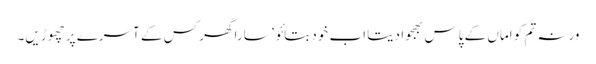
ورنہ تم کو اماں کے پاس بھجوا دیتا اب خود بتائو‘ سارا گھر کس کے آسرے پر چھوڑیں۔